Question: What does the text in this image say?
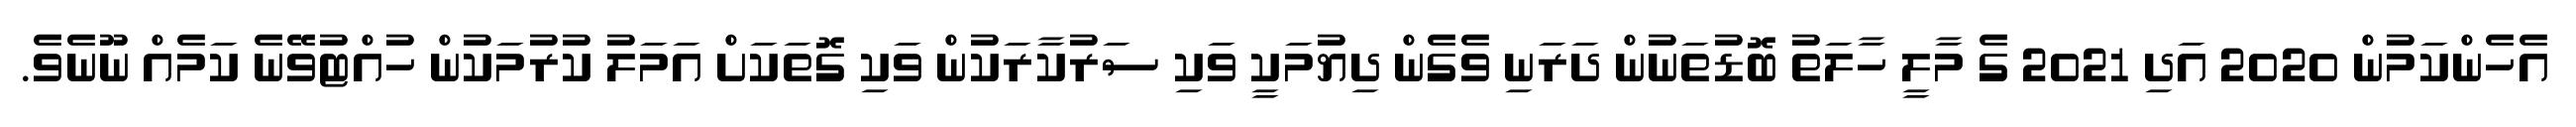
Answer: އެހެންކަމުން 2020 އަދި 2021 ގެ މާލީ ހާލަތު ބޮޑުތަނުން ދަރަނި ވެގެން ދިޔުމަކީ ވަކި ސަރުކާރަކުން ވަކި ގޮތަކަށް އަމަލު ކުރުމަކުން ހުއްޓުވޭނެ ކަމެއް ނޫނެވެ.